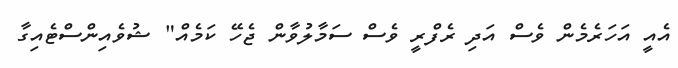
އެއީ އަހަރެމެން ވެސް އަދި ރެފްރީ ވެސް ސަމާލުވާން ޖެހޭ ކަމެއް" ޝުވެއިންސްޓެއިގާ